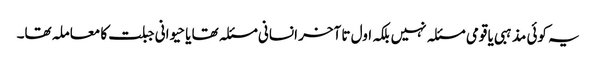
یہ کوئی مذہبی یا قومی مسئلہ نہیں بلکہ اول تا آخر انسانی مسئلہ تھا یا حیوانی جبلت کا معاملہ تھا۔